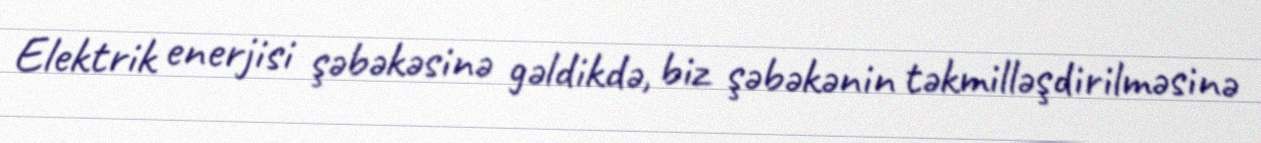
Elektrik enerjisi şəbəkəsinə gəldikdə, biz şəbəkənin təkmilləşdirilməsinə